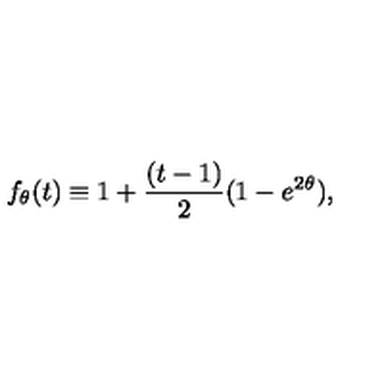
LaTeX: f _ { \theta } ( t ) \equiv 1 + { \frac { ( t - 1 ) } { 2 } } ( 1 - e ^ { 2 \theta } ) ,